Report of the Bombay Plague Committee
Disease focus: Plague
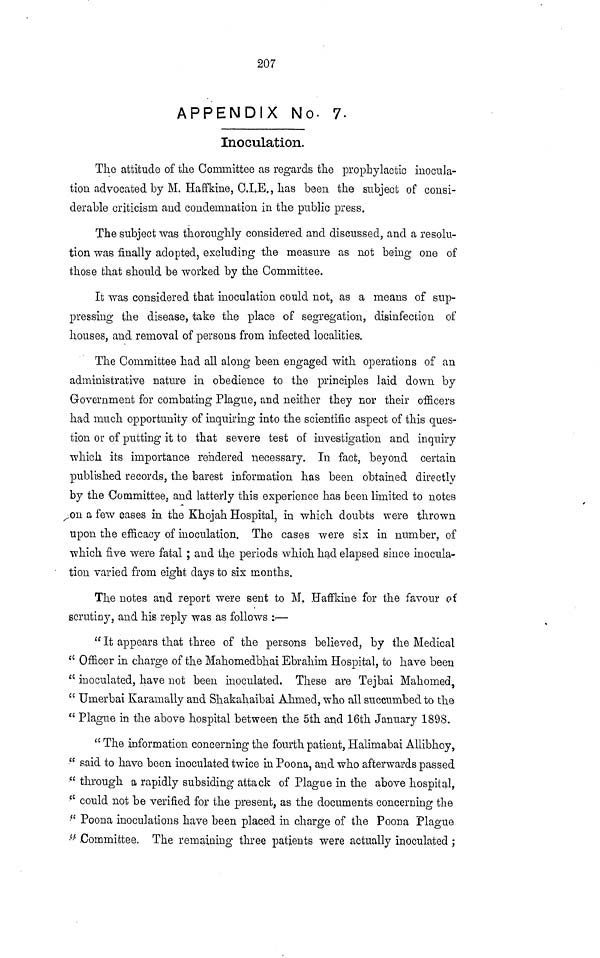
207
APPENDIX No. 7.
Inoculation.
The attitude of the Committee as regards the prophylactic inocula-
tion advocated by M. Haffkine, O.I.E., has been the subject of consi-
derable criticism and condemnation in the public press.
The subject was thoroughly considered and discussed, and a resolu-
tion was finally adopted, excluding the measure as not being one of
those that should be worked by the Committee.
It was considered that inoculation could not, as a means of sup-
pressing the disease, take the place of segregation, disinfection of
houses, and removal of persons from infected localities.
The Committee had all along been engaged with operations of an
administrative nature in obedience to the principles laid down by
Government for combating Plague, and neither they cor their officers
had much opportunity of inquiring into the scientific aspect of this ques-
tion or of putting it to that severe test of investigation and inquiry
which its importance rendered necessary. In fact, beyond certain
published records, the barest information has been obtained directly
by the Committee, and latterly this experience has been limited to notes
on a few cases in the Khojah Hospital, in which doubts were thrown
upon the efficacy of inoculation. The cases were six in number, of
which five were fatal ; and the periods which had elapsed since inocula-
tion varied from eight days to six months.
The notes and report were sent to M. Haffkiue for the favour of
scrutiny, and his reply was as follows :.—
" It appears that three of the persons believed, by the Medical
" Officer in charge of the Mahomedbhai Ebrahim Hospital, to have been
" inoculated, have not been inoculated. These are Tejbai Mahomed,
" Umerbai Karamally and Shakahaibai Ahmed, who all succumbed to the
" Plague in the above hospital between the 5th and 16th January 1898.
" The information concerning the fourth patient, Halimabai Allibhoy,
" said to have been inoculated twice in Poona, and who afterwards passed
" through a rapidly subsiding attack of Plague in the above hospital,
" could not be verified for the present, as the documents concerning the
" Poona inoculations have been placed in charge of the Poona Plague
" Committee. The remaining three patients were actually inoculated ;